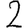
Digit: 2